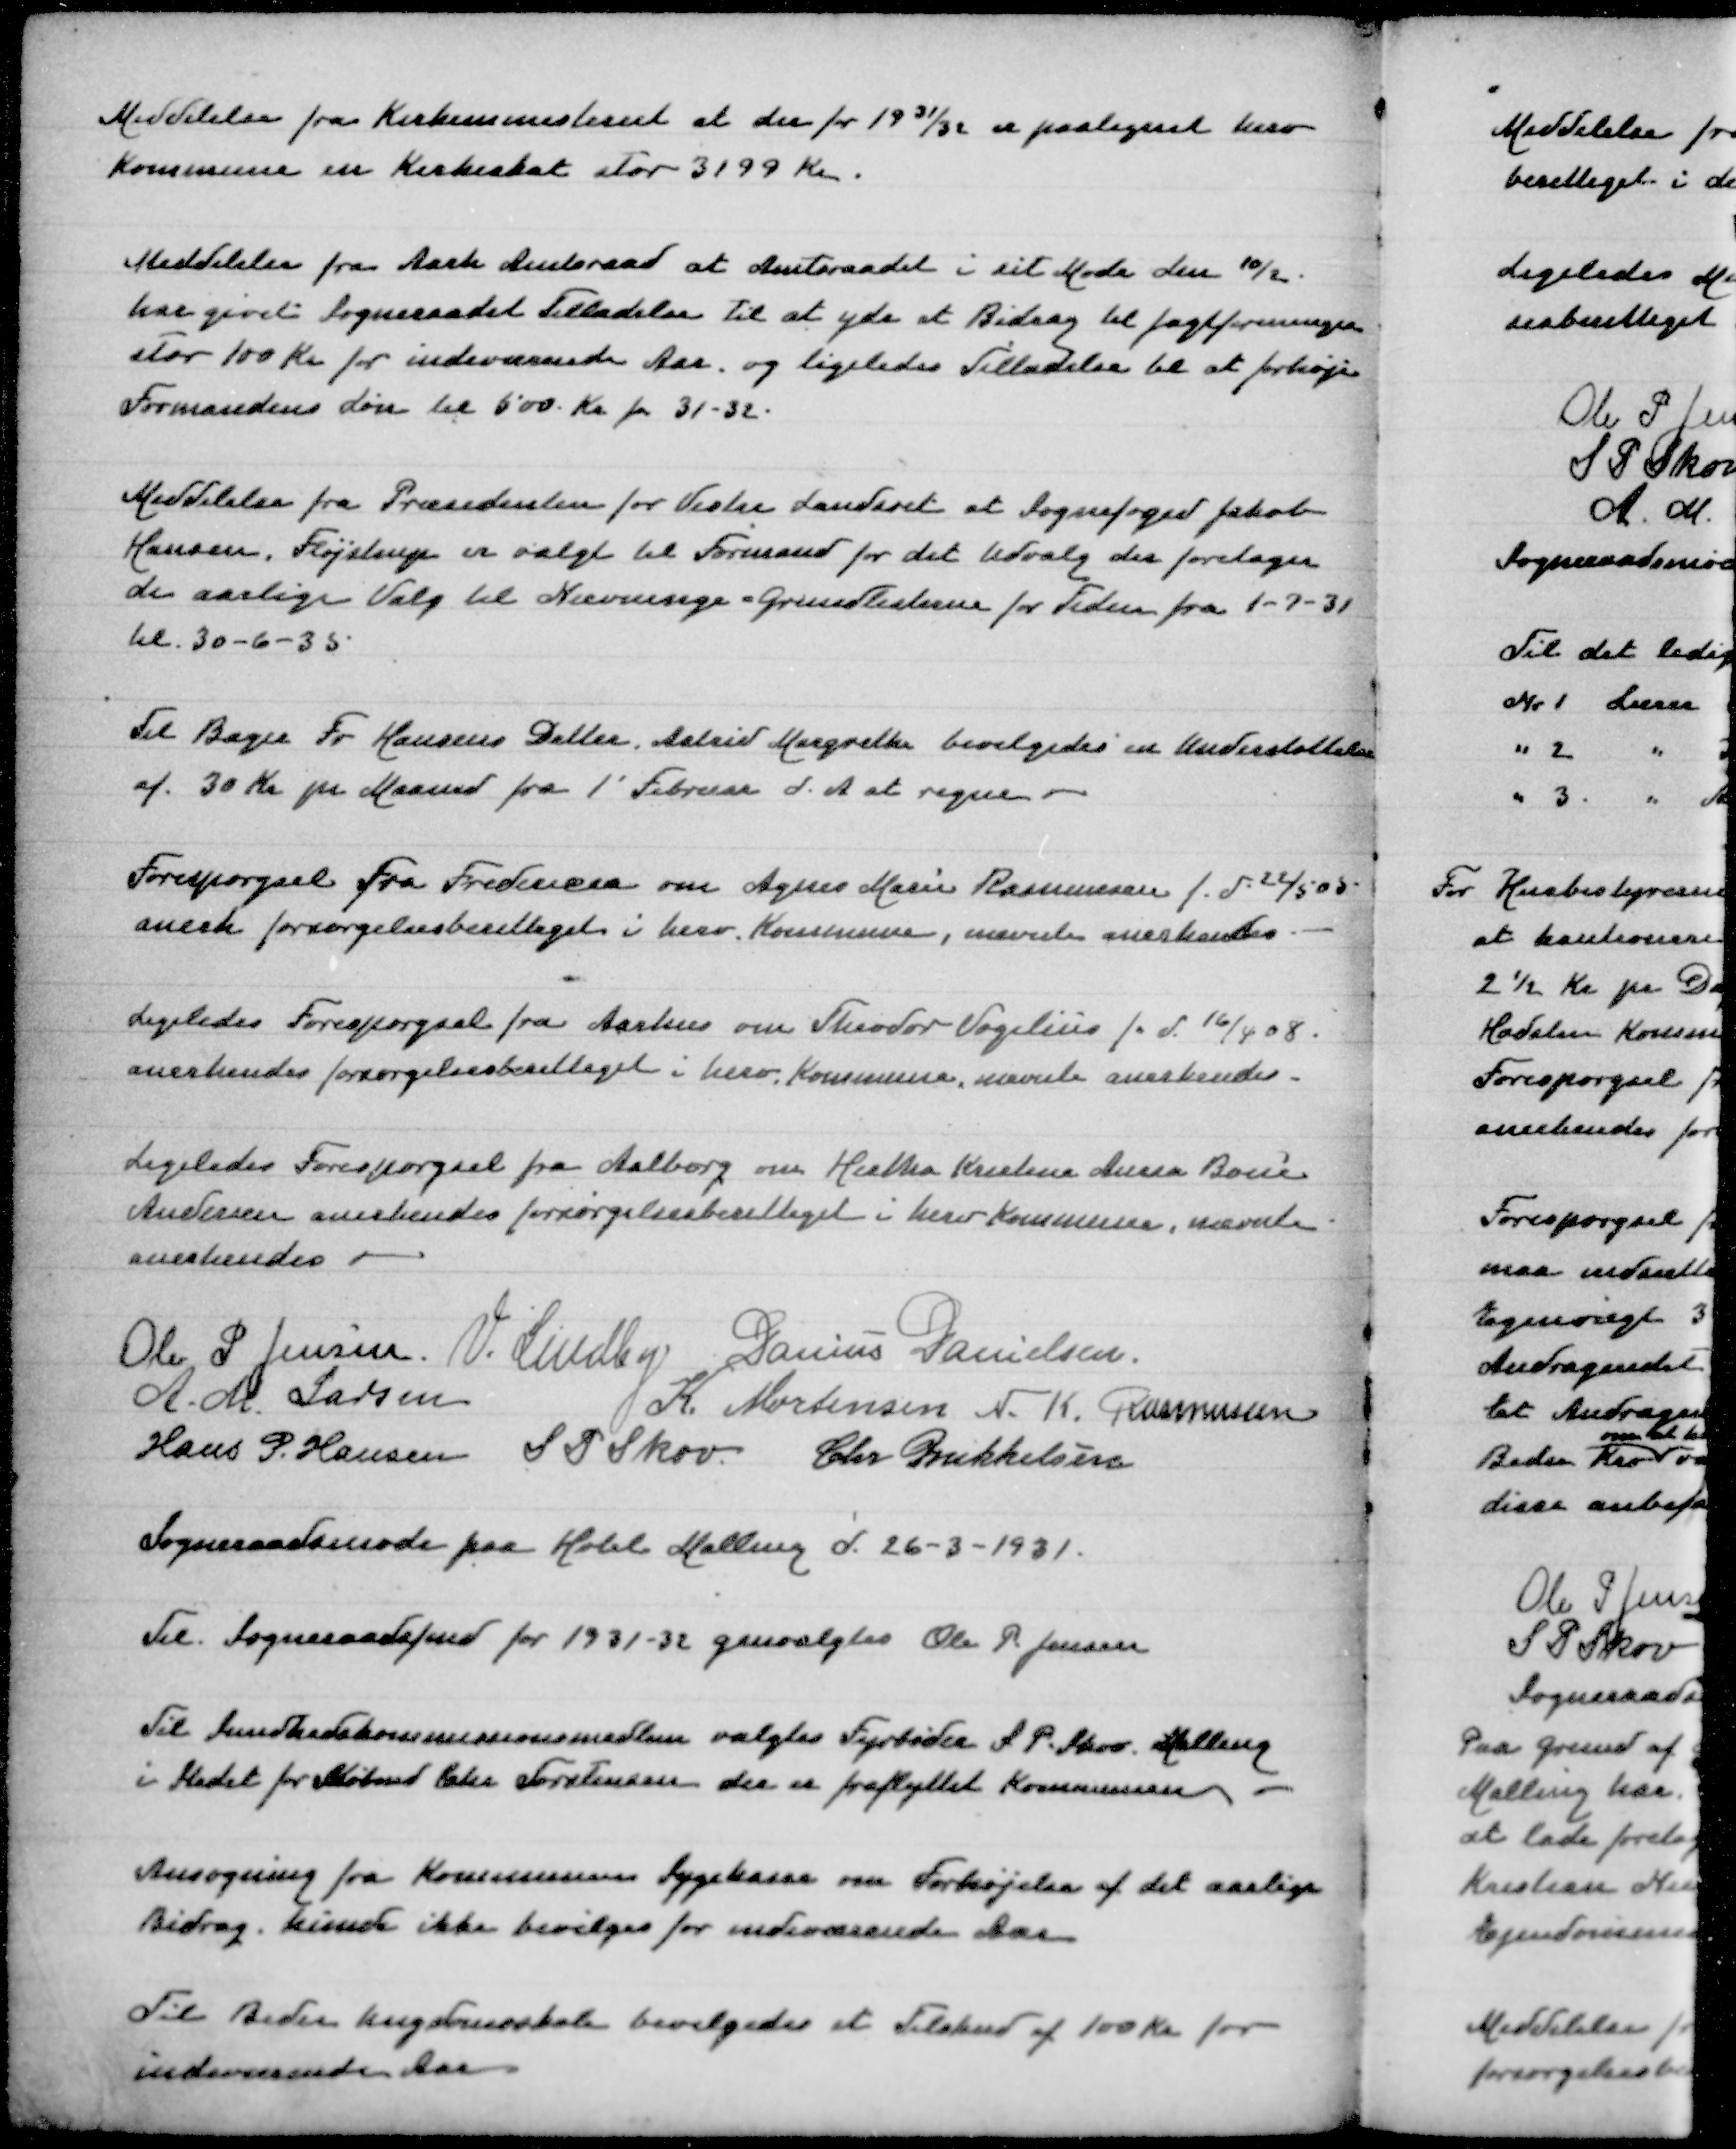
Transskription:
Meddelelse fra Kirkeministeriet at der for !931/32 er paalignet herv
Kommune en Kirkeskat stor 3199 Kr

Meddelelse fra Aarh Amtsraad at Amtsraadet i sit Møde den 10/2
har givet Sogneraadet Tilladelse til at yde et Bidrag til Jagtforeningen
stor 100 Kr for indeværende Aar og ligeledes Tilladelse til at forhøje
Formandens Løn til 500 Kr for 31-31

Meddelelse fra Præsidenten for Vestre Landsret at Sognefoged Jakob
Hansen, Fløjstrup er valgt til Formand for det Udvalg der foretager
de aarlige Valg til Nævninge-Grundlisterne for Tidenfra 1-7-31
til 30-6-35

Til Bager Fr Hansens Datter, Astrid Margrethe bevilgedes en Understøttelse
af 30 Kr pr Maaned fra 1' Februar d A at regne

Forespørgsel fra Fredericia om Agnes Marie Rasmussen f d 22/5 95
anerk forsørgelsesberettiget i herv Kommune, nævnte anerkendes

Ligeledes Forespørgsel fra Aarhus om Theodor Vogelius f.d. 16/ 08
anerkendes forsørgelsesberettiget i herv Kommune, nævnte anerkendes

Ligeledes Forespørgsel fra Aalborg om Hertha Kristine Anna Bodil
Andersen anerkendes forsørgelsesberettiget i herv Kommune, nævnte
Anerkendes

Ole P Jensen
V Lindby
Danius Danielsen
A M Larsen
K Mortensen
N K Rasmussen
Hans P Hansen
S P Skov
Chr Mikkelsen

Sogneraadsmøde paa Hotel Malling d 26-3-1931

Til Sogneraadsfmd for 1931-32 genvalgtes Ole P Jensen

Til Sundhedskommissionsmedlem valgtes Fyrbøder S P Skov Malling
i Stedet for Købmd Chr Torstensen der er fraflyttet Kommunen

Ansøgning fra Kommunens Sygekasse om Forhøjelse af det aarlige
Bidrag, kunde ikke bevilges for indeværende Aar

Til Beder Ungdomsskole bevilgedes et Tilskud af 100 Kr for
indeværende Aar